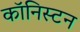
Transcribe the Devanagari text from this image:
कॉनिस्टन